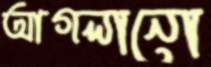
আগলানো